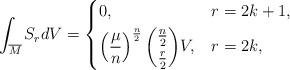
LaTeX: \begin{align*} \int_{\overline{M}}S_{r}dV=\begin{dcases}0, & r=2k+1, \\\left(\frac{\mu}{n}\right)^{\frac{n}{2}}\dbinom{\frac{n}{2}}{\frac{r}{2}}V, & r=2k,\end{dcases} \end{align*}